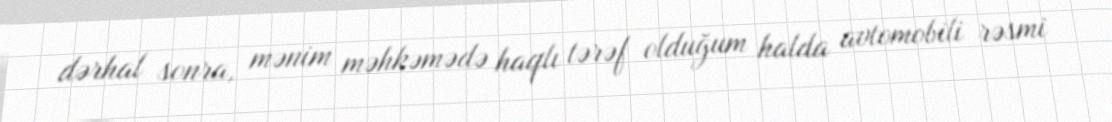
dərhal sonra, mənim məhkəmədə haqlı tərəf olduğum halda avtomobili rəsmi